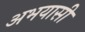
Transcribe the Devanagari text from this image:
अभयासी